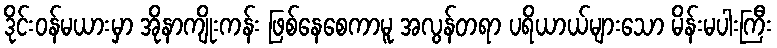
ဒိုင်းဝန်မယားမှာ အိုနာကျိုးကန်း ဖြစ်နေစေကာမူ အလွန်တရာ ပရိယာယ်များသော မိန်းမပါးကြီး